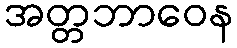
အတ္တဘာဝေန